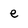
Character: e